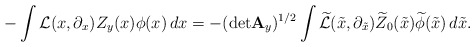
\begin{align*} -\int {\mathcal L}(x,\partial_x) Z_y(x)\phi(x)\,dx=-({\det}{\bf A}_y)^{1/2}\int \widetilde{\mathcal L}(\tilde x,\partial_{\tilde x})\widetilde Z_0(\tilde x)\widetilde\phi(\tilde x)\,d\tilde x. \end{align*}